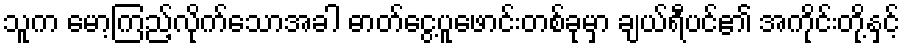
သူက မော့ကြည့်လိုက်သောအခါ ဓာတ်ငွေ့ပူဖောင်းတစ်ခုမှာ ချယ်ရီပင်၏ အကိုင်းတို့နှင့်